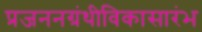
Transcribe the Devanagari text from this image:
प्रजननग्रंथीविकासारंभ